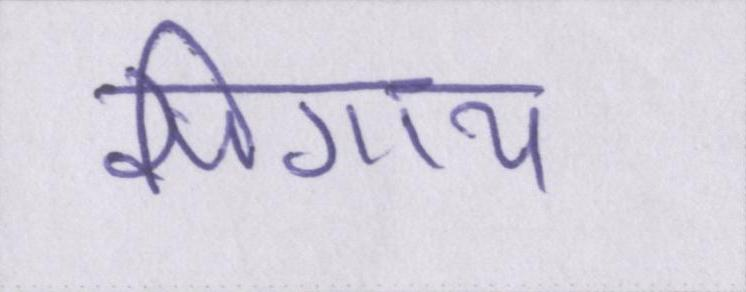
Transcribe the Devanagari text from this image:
सिगाय